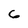
Character: 6